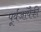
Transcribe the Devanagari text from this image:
पूर्वजांपैकी